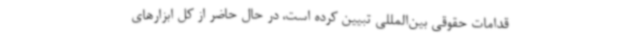
قدامات حقوقی بین‌المللی تبیین کرده است، در حال حاضر از کل ابزارهای